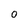
Character: O